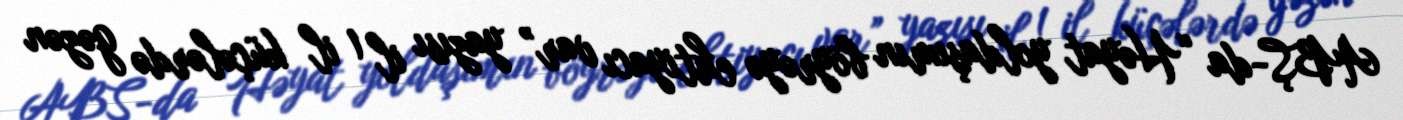
ABŞ-da “Həyat yoldaşımın böyrəyə ehtiyacı var” yazısı il 1 il küçələrdə gəzən